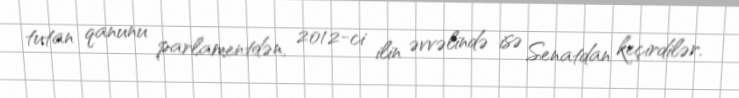
tutan qanunu parlamentdən, 2012-ci ilin əvvəlində isə Senatdan keçirdilər.